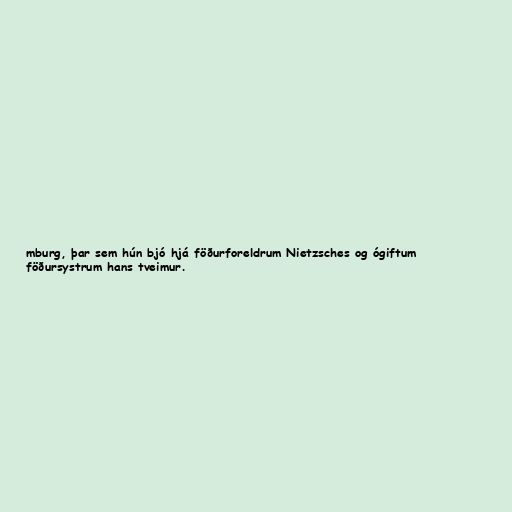
mburg, þar sem hún bjó hjá föðurforeldrum Nietzsches og ógiftum
föðursystrum hans tveimur.